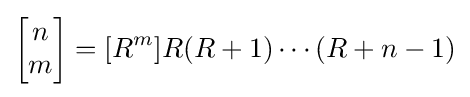
\left[{\begin{matrix}n\\m\end{matrix}}\right]=[R^{m}]R(R+1)\cdots (R+n-1)